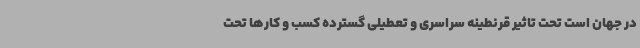
در جهان است تحت تاثیر قرنطینه سراسری و تعطیلی گسترده کسب و کارها تحت